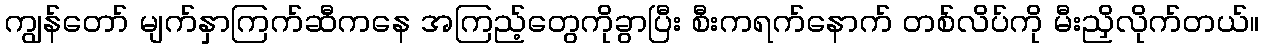
ကျွန်တော် မျက်နှာကြက်ဆီကနေ အကြည့်တွေကိုခွာပြီး စီးကရက်နောက် တစ်လိပ်ကို မီးညှိလိုက်တယ်။